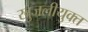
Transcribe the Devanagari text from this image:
खुजलीयुक्त